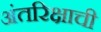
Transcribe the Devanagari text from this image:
अंतरिक्षाची